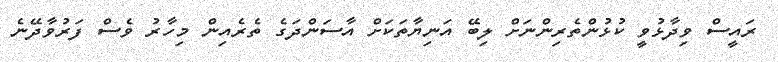
ރައީސް ވިދާޅުވީ ކުޅުންތެރިންނަށް ލިބޭ އަނިޔާތަކަށް އާސަންދަގެ ތެރެއިން މިހާރު ވެސް ފަރުވާދޭނެ